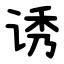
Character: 诱